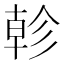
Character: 𢒨